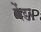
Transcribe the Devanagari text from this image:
पेंडर